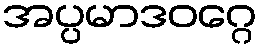
အပ္ပမာဒဝဂ္ဂေ